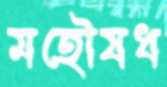
মহৌষধ